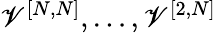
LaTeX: \mathscr{V}^{[{N},{N}]},\ldots,\mathscr{V}^{[{2},{N}]}